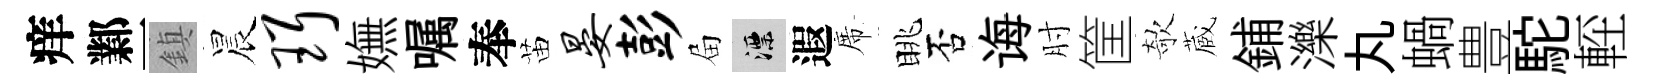
痒鄴一鎮晨珥嫵嘱奉苗晏彭屇漂遐席眺否诲肘筐欹蔵鋪濼丸蝸豊駝䡖